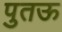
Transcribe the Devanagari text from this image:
पुतऊ